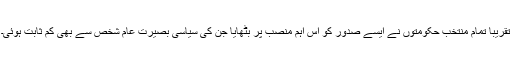
تقریباً تمام منتخب حکومتوں نے ایسے صدور کو اس اہم منصب پر بٹھایا جن کی سیاسی بصیرت عام شخص سے بھی کم ثابت ہوئی۔